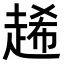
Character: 𧻶